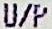
U/P